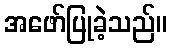
အဖော်ပြုခဲ့သည်။